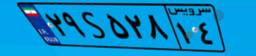
۲۵S۴۳۲۵۶